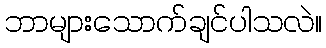
ဘာများသောက်ချင်ပါသလဲ။